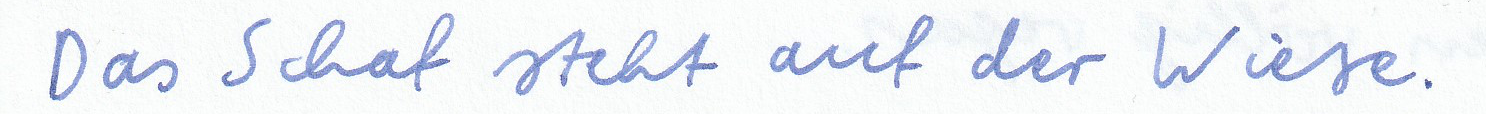
Das Schaf steht auf der Wiese.